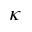
\kappa